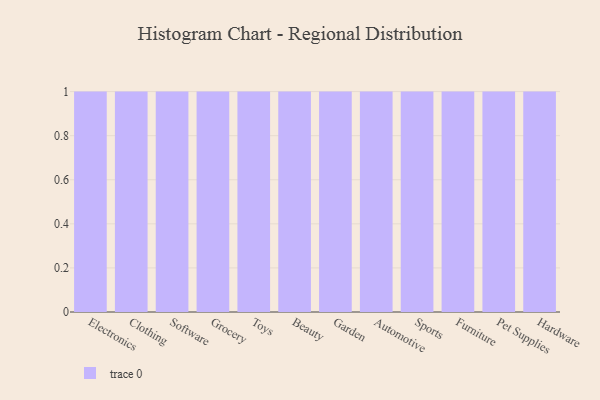
{"axis": {"x": "Category", "y": "Waste Production (Tons)"}, "legend": [""], "data": [{"x": "Electronics", "y": 84, "type": ""}, {"x": "Clothing", "y": 43, "type": ""}, {"x": "Software", "y": 90, "type": ""}, {"x": "Grocery", "y": 100, "type": ""}, {"x": "Toys", "y": 74, "type": ""}, {"x": "Beauty", "y": 28, "type": ""}, {"x": "Garden", "y": 93, "type": ""}, {"x": "Automotive", "y": 47, "type": ""}, {"x": "Sports", "y": 95, "type": ""}, {"x": "Furniture", "y": 58, "type": ""}, {"x": "Pet Supplies", "y": 78, "type": ""}, {"x": "Hardware", "y": 99, "type": ""}]}